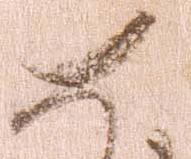
如